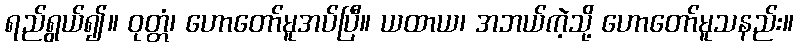
ရည်ရွယ်၍။ ဝုတ္တံ၊ ဟောတော်မူအပ်ပြီ။ ယထာယ၊ အဘယ်ကဲ့သို့ ဟောတော်မူသနည်း။